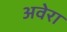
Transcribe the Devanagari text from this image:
अवेरा